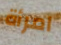
امرأة